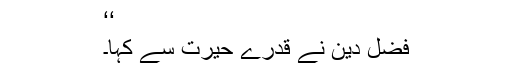
‘‘
فضل دین نے قدرے حیرت سے کہا۔